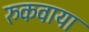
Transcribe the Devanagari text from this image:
रुकवाया